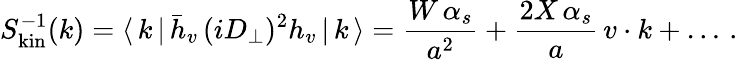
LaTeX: S_{\mathrm{kin}}^{-1}(k)=\langle\, k\, |\, \bar{h}_{v}\, (iD_{\perp})^{2}h_{v}\, |\, k\, \rangle={\frac{W\, \alpha_{s}}{a^{2}}}+{\frac{2X\, \alpha_{s}}{a}}\, v\cdot k+\dots\, .